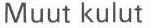
Muut kulut